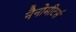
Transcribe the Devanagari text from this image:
नैनोमीटर्स